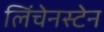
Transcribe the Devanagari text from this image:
लिंचेनस्टेन